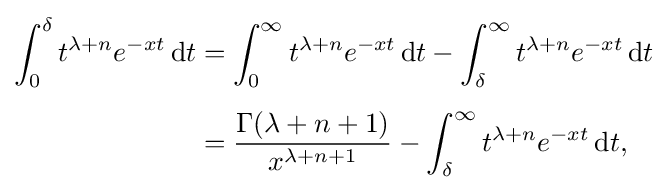
{\begin{aligned}\int _{0}^{\delta }t^{\lambda +n}e^{-xt}\,\mathrm {d} t&=\int _{0}^{\infty }t^{\lambda +n}e^{-xt}\,\mathrm {d} t-\int _{\delta }^{\infty }t^{\lambda +n}e^{-xt}\,\mathrm {d} t\\[5pt]&={\frac {\Gamma (\lambda +n+1)}{x^{\lambda +n+1}}}-\int _{\delta }^{\infty }t^{\lambda +n}e^{-xt}\,\mathrm {d} t,\end{aligned}}